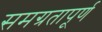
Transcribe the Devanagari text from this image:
समग्रतापूर्ण